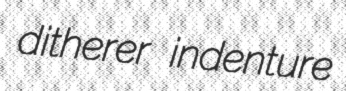
ditherer indenture